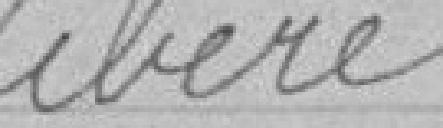
délibéré